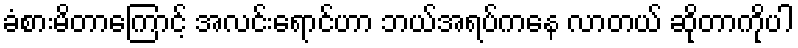
ခံစားမိတာကြောင့် အလင်းရောင်ဟာ ဘယ်အရပ်ကနေ လာတယ် ဆိုတာကိုပါ